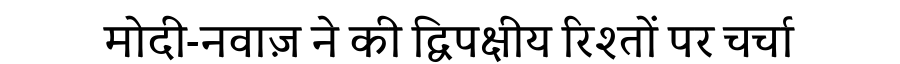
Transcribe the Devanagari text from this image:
मोदी-नवाज़ ने की द्विपक्षीय रिश्तों पर चर्चा